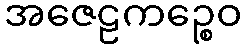
အဇေဠကဉ္စေဝ